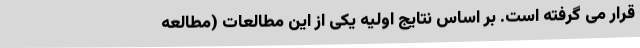
قرار می گرفته است. بر اساس نتایج اولیه یکی از این مطالعات (مطالعه